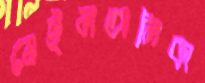
মেইলতালিকা